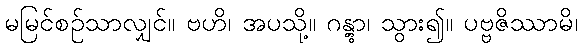
မမြင်စဉ်သာလျှင်။ ဗဟိ၊ အပသို့။ ဂန္တွာ၊ သွား၍။ ပဗ္ဗဇိဿာမိ၊